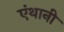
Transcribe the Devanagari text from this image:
एंथानी